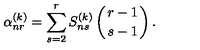
\alpha _ { n r } ^ { ( k ) } = \sum _ { s = 2 } ^ { r } S _ { n s } ^ { ( k ) } \left( r - 1 \atop { s - 1 } \right) .